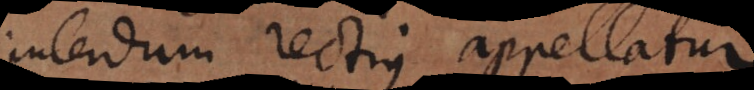
Interdum rectius appellatur